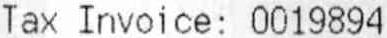
TAX INVOICE: 0019894